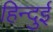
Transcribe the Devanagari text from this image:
हिन्दुई